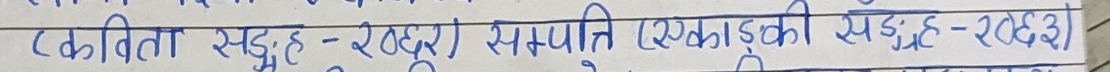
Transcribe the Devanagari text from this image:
(कविता सङ्ग्रह-२०७३) सम्पाति (एकलौटी सङ्ग्रह-२०७३)